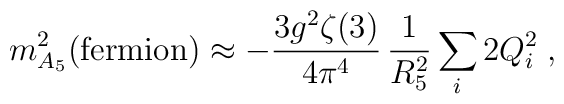
m_{A_5}^2 ({\rm fermion}) \approx -\frac{3 g^2 \zeta(3)}{4\pi^4}\,\frac{1}{R_5^2} \sum_i 2 Q_i^2 \;,